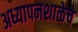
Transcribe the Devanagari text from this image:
अध्यापनशाळेचे